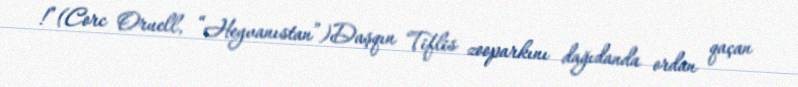
!”(Corc Oruell, “Heyvanıstan”)Daşqın Tiflis zooparkını dağıdanda ordan qaçan